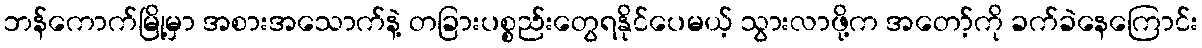
ဘန်ကောက်မြို့မှာ အစားအသောက်နဲ့ တခြားပစ္စည်းတွေရနိုင်ပေမယ့် သွားလာဖို့က အတော့်ကို ခက်ခဲနေကြောင်း